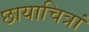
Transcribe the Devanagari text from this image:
छायाचित्रां